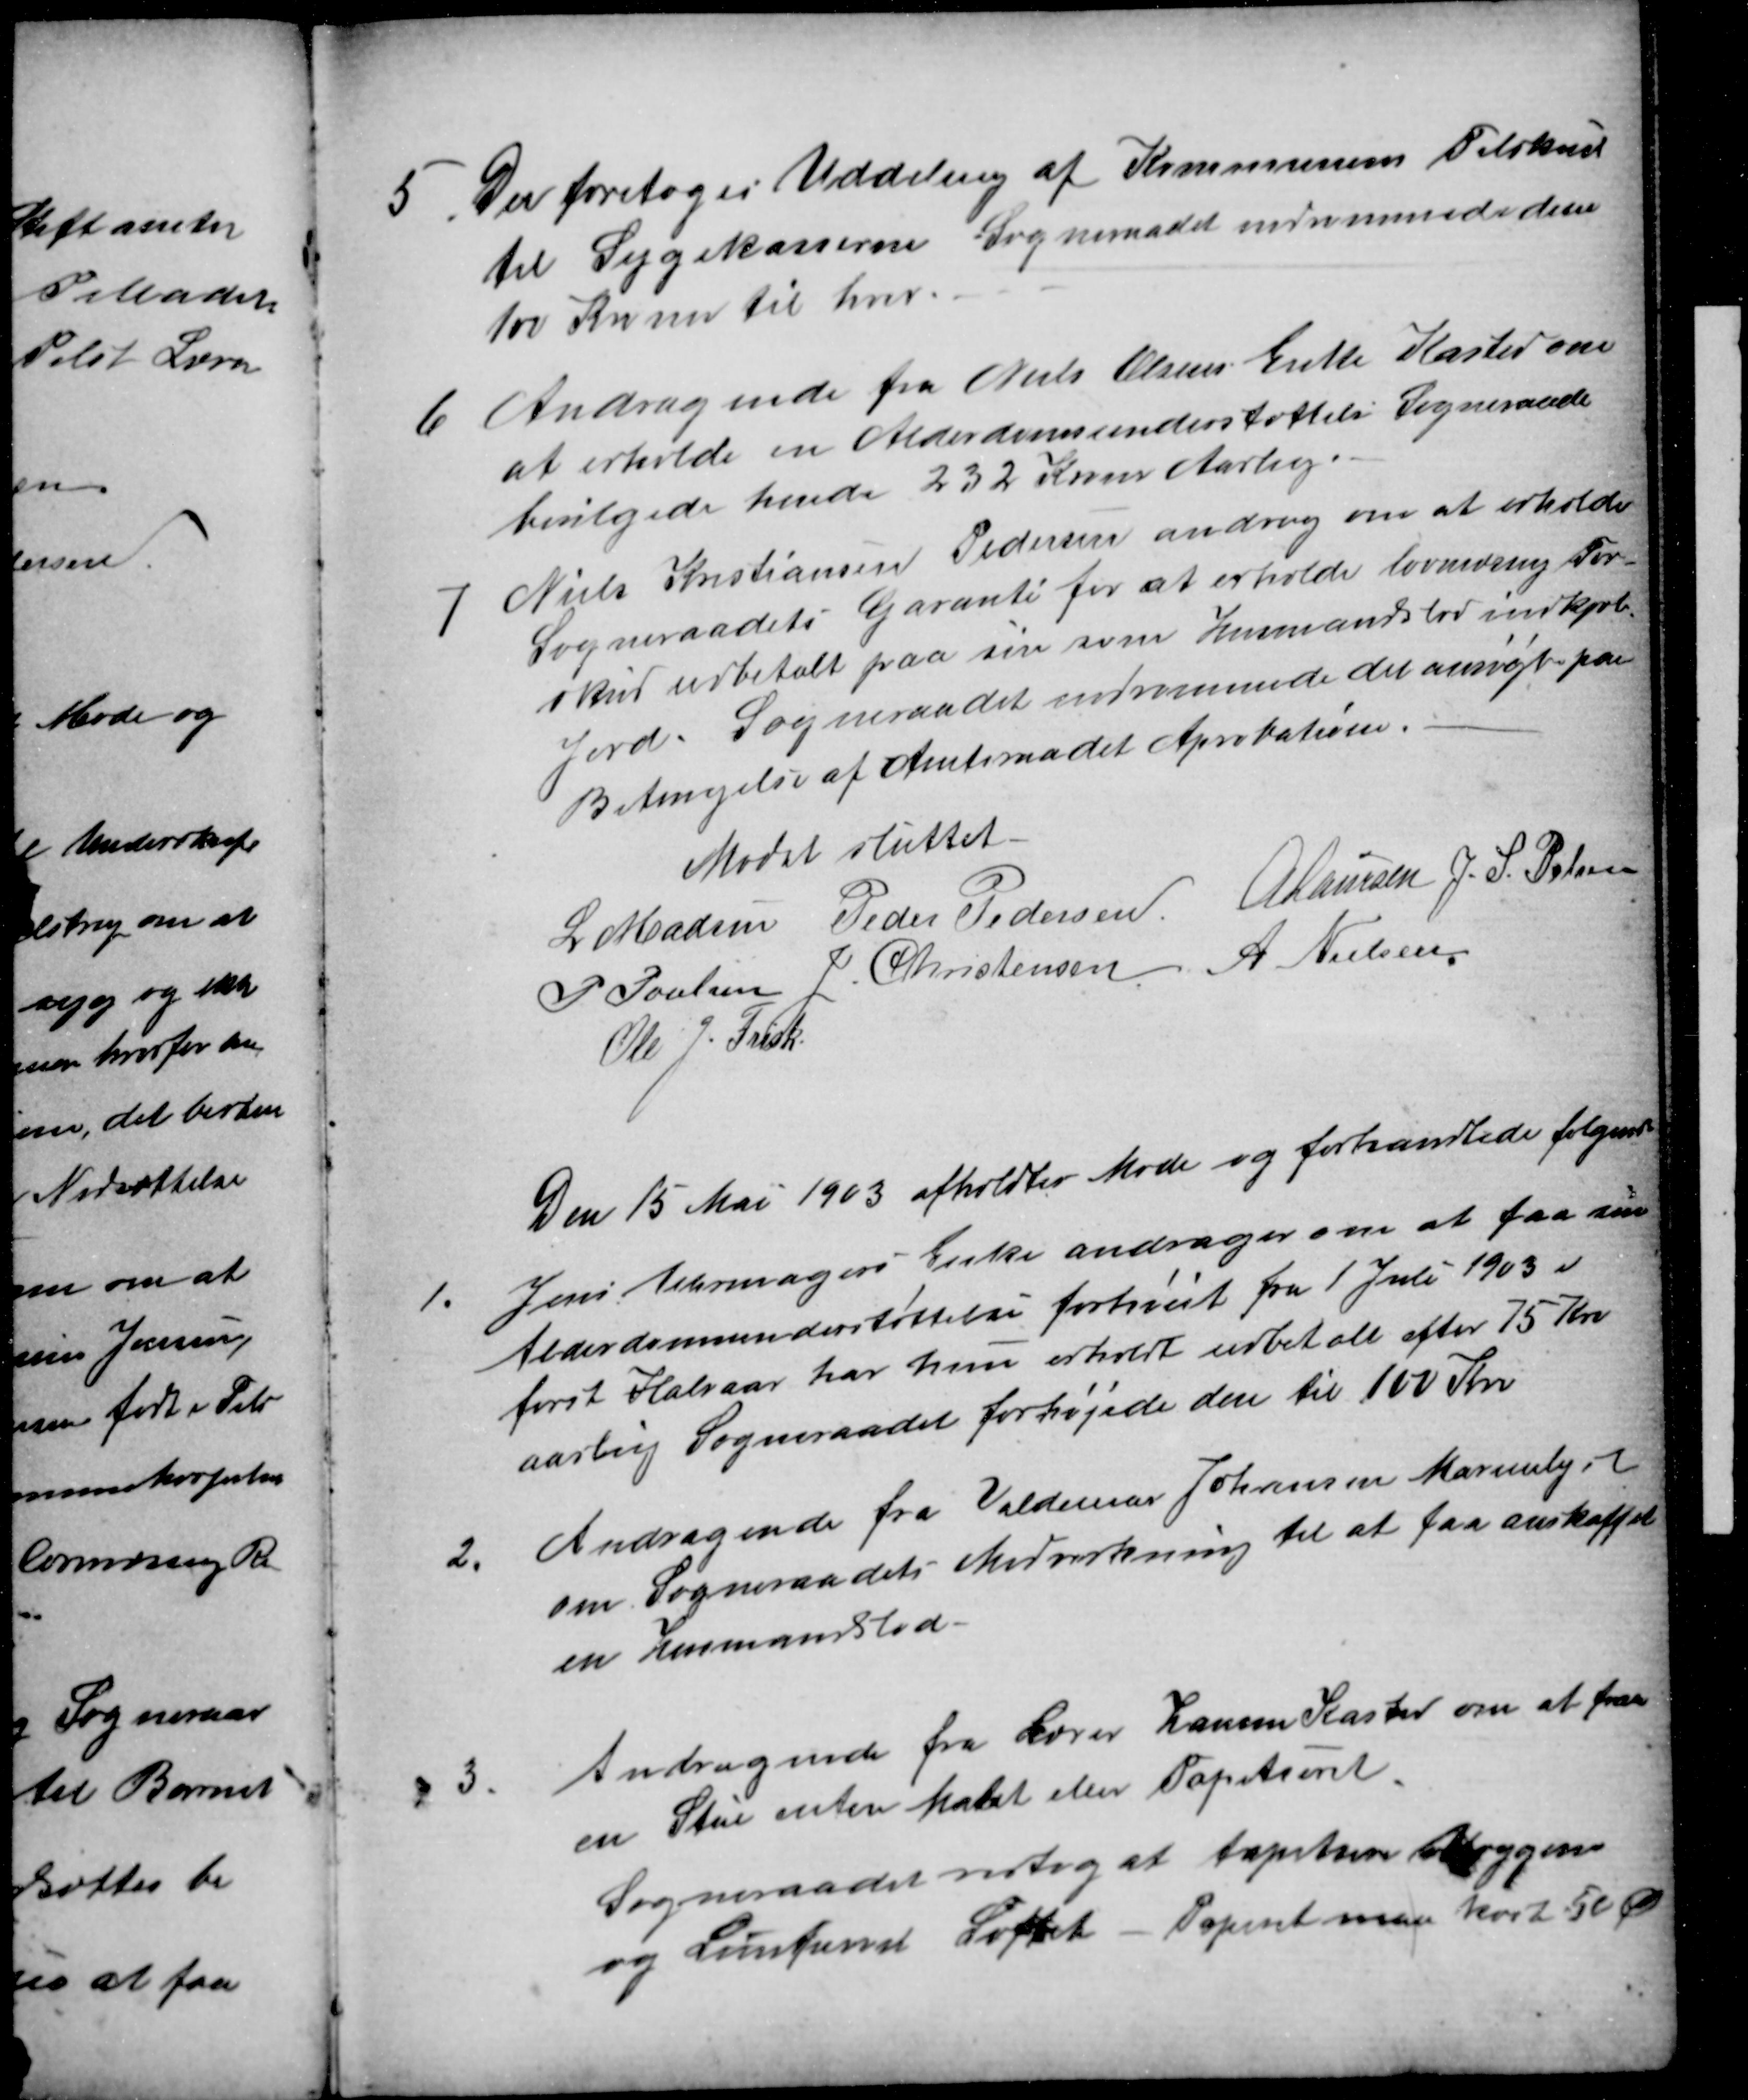
Transskription:
5.
Der foretoges Uddeling af Kommunens Tilskud
til Sygekasserne Sogneraadet indrømmede dem
100 Kroner til hver.
6
Andragende fra Niels Olsens Enke Kasted om
at erholde en Alderdomsunderstøttelse Sogneraade
bevilgede hende 232 Kroner Aarlig.
7
Niels Kristiansen Pedersen androg om at erholde
Sogneraadets Garanti for at erholde lovmæssig For-
skud udbetalt paa sin som Husmandslod indkjøb
Jord. Sogneraadet indrømmede det ansøgte paa
Betingelse af Amtsraadet Aprobation.
Mødet sluttet.
L Madsen
Peder Pedersen
A Laursen J. S. Pelsen
P Poulsen
J. Christensen
A. Nielsen
Ole J. Frisk
Den 15 Mai 1903 afholdtes Møde og forhandlede følgende
1.
Jens Uhrmagers Enke andrager om at faa sin
Alderdomsunderstøttelse forhøiet fra 1 Juli 1903 i
først Halvaar har hun erholdt udbetalt efter 75 Kr
aarlig Sogneraadet forhøjede den til 100 Kr
2.
Andragende fra Valdemar Johansen Marienlyst
om Sogneraadets Medvirkning til at faa anskaffet
en Husmandslod
3
Andragende fra Lærer Hansen Kasted om at faa
en Stue enten Malet eller Tapetseret.
Sogneraadet vedtog at tapetsere Væggene
og Limfarve Loftet - Papiret maa koste 50 Ø